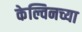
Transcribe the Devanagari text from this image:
केल्विनच्या